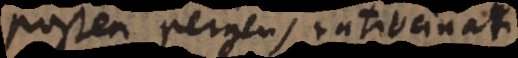
Postea pergens ratiocinari